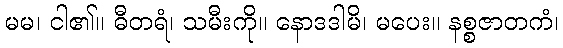
မမ၊ ငါ၏။ ဓီတရံ၊ သမီးကို။ နောဒဒါမိ၊ မပေး။ နစ္စဇာတကံ၊